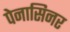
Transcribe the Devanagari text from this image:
पेनासिनर